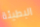
البطيئة